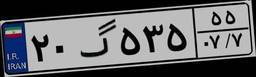
۲۰گ۵۳۵۵۵